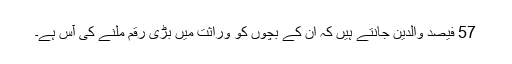
57 فیصد والدین جانتے ہیں کہ ان کے بچوں کو وراثت میں بڑی رقم ملنے کی آس ہے۔